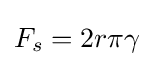
F_{s}=2r\pi \gamma \!